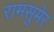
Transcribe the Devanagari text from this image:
रामसुमेर